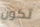
تكون